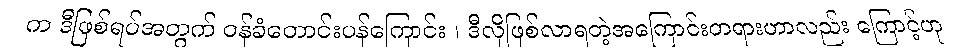
က ဒီဖြစ်ရပ်အတွက် ဝန်ခံတောင်းပန်ကြောင်း ၊ ဒီလိုဖြစ်လာရတဲ့အကြောင်းတရားဟာလည်း ကြောင့်ဟု